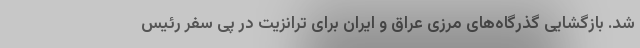
شد. بازگشایی گذرگاه‌های مرزی عراق و ایران برای ترانزیت در پی سفر رئیس